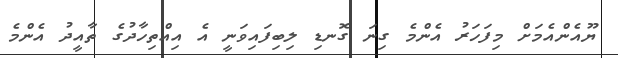
ޔޫއެންއެމަށް މިފަހަރު އެންމެ ގިނަ ގޮނޑި ލިބިފައިވަނީ އެ އިއްތިހާދުގެ ތާއީދު އެންމެ